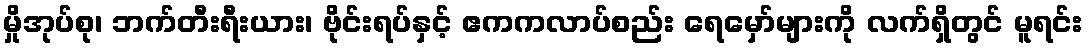
မှိုအုပ်စု၊ ဘက်တီးရီးယား၊ ဗိုင်းရပ်နှင့် ဧကကလာပ်စည်း ရေမှော်များကို လက်ရှိတွင် မူရင်း